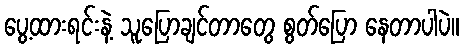
ပွေ့ထားရင်းနဲ့ သူပြောချင်တာတွေ စွတ်ပြော နေတာပါပဲ။